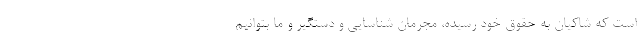
است که شاکیان به حقوق خود رسیده، مجرمان شناسایی و دستگیر و ما بتوانیم